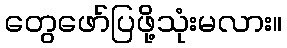
တွေဖော်ပြဖို့သုံးမလား။